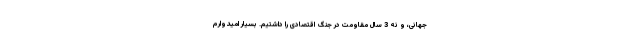
جهانی، و نه 3 سال مقاومت در جنگ اقتصادی را داشتیم. بسیار امیدوارم